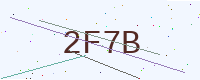
Text: 2F7B